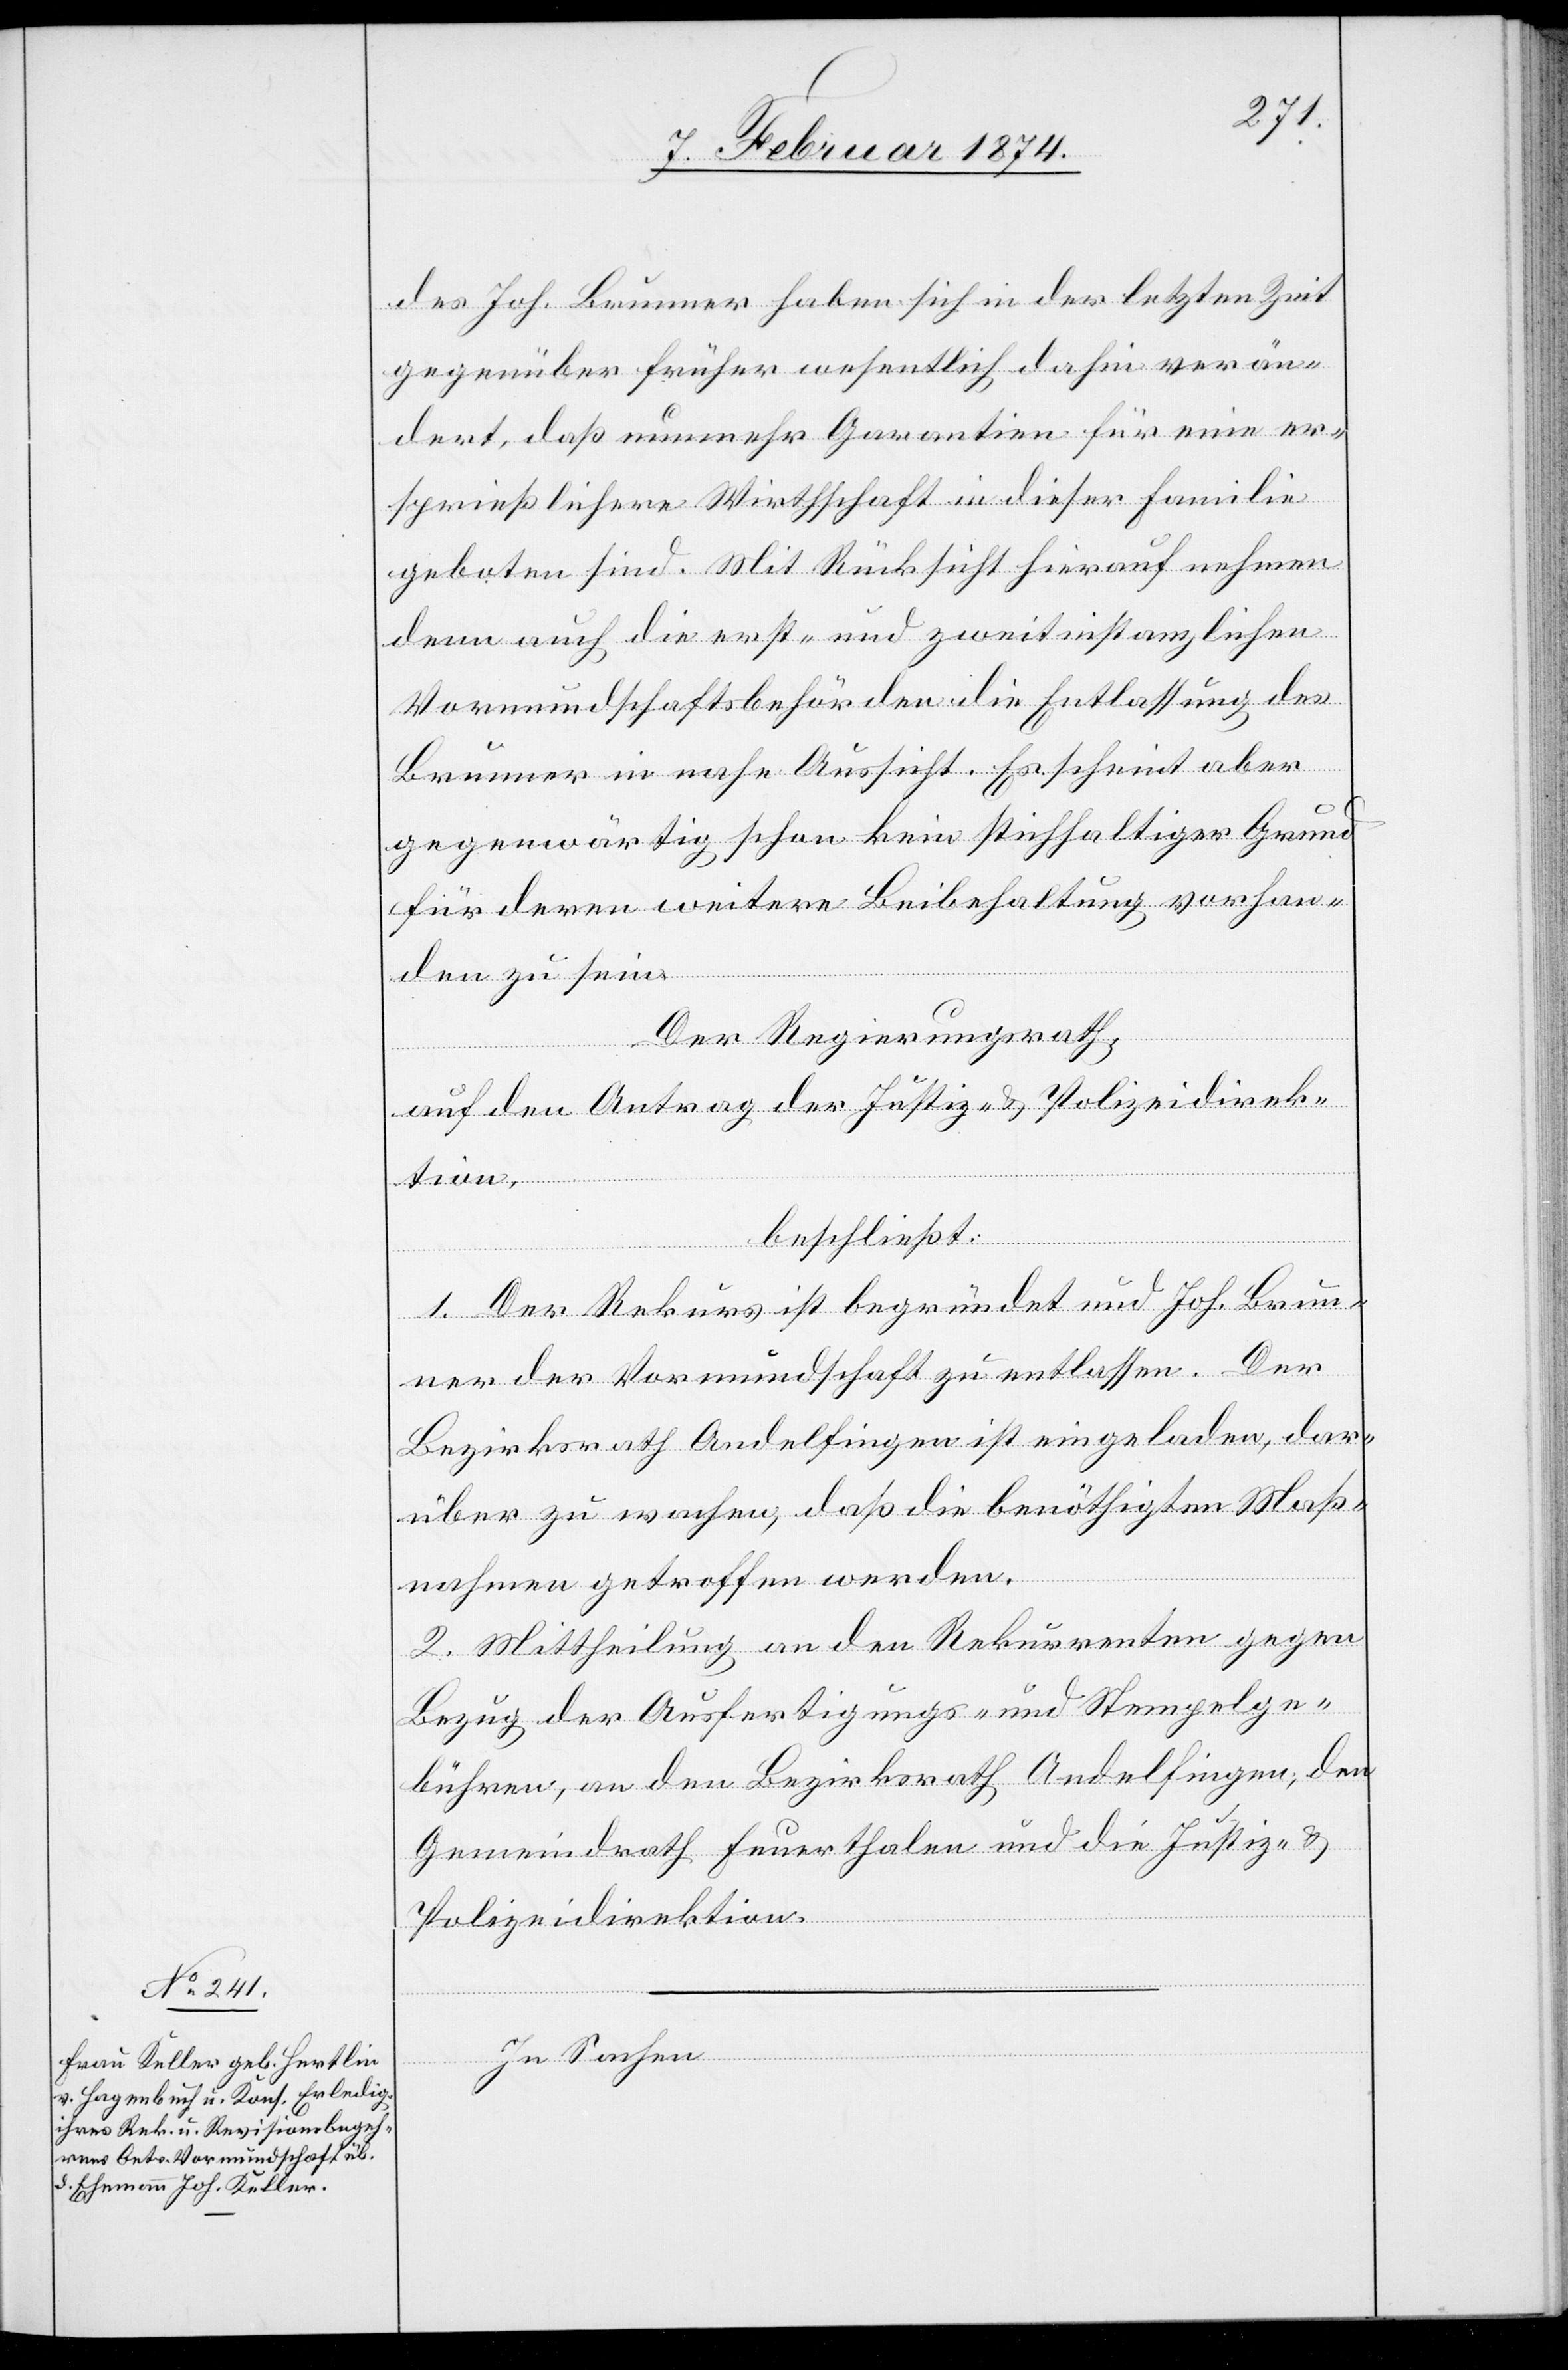
des Joh. Brunner haben sich in der letzten Zeit
gegenüber früher wesentlich dahin verän¬
dert, daß nunmehr Garantien für eine er¬
sprießlichere Wirthschaft in dieser Familie
geboten sind. Mit Rücksicht hierauf nehmen
denn auch die erst- und zweitinstanzlichen
Vormundschaftsbehörden die Entlassung des¬
Brunner in nahe Aussicht. Es scheint aber
gegenwärtig schon kein stichhaltiger Grund
für deren weitere Beibehaltung vorhan¬
den zu sein.
Der Regierungsrath,
auf den Antrag der Justiz- u. Polizeidirek¬
tion,
beschließt:
1. Der Rekurs ist begründet und Joh. Brun¬
ner der Vormundschaft zu entlassen. Der
Bezirksrath Andelfingen ist eingeladen, dar¬
über zu wachen, daß die benöthigten Maß¬
nahmen getroffen werden.
2. Mittheilung an den Rekurrenten gegen
Bezug der Ausfertigungs- und Stempelge¬
bühren, an den Bezirksrath Andelfingen, den
Gemeindrath Feuerthalen und die Justiz- u.
Polizeidirektion.
In Sachen